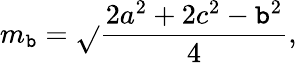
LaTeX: m_{\mathtt{b}}={\sqrt{}{{\frac{{2a^{2}+2c^{2}-\mathtt{b}^{2}}}{{4}}}}},